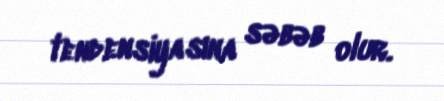
tendensiyasına səbəb olur.